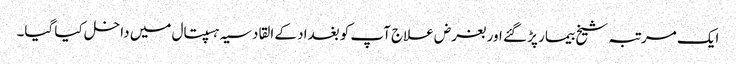
ایک مرتبہ شیخ بیمار پڑ گئے اور بغرض علاج آپ کو بغداد کے القادسیہ ہسپتال میں داخل کیا گیا۔